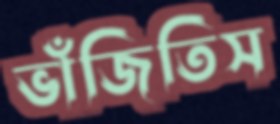
ভাঁজিতিস